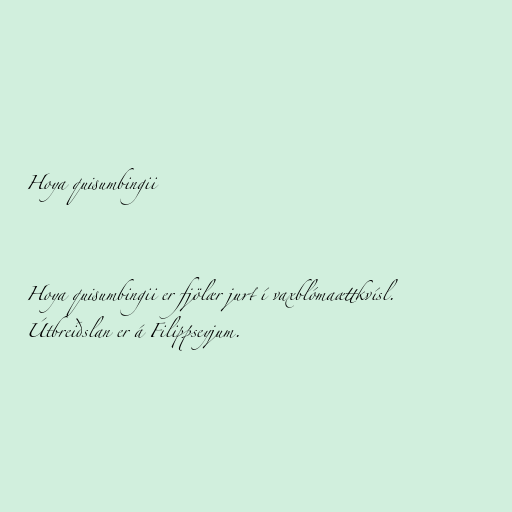
Hoya quisumbingii

Hoya quisumbingii er fjölær jurt í vaxblómaættkvísl.
Útbreiðslan er á Filippseyjum.